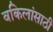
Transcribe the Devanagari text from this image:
वकिलांसाठी